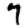
Digit: 7